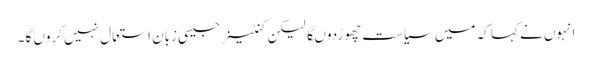
انہوں نے کہا کہ میں سیاست چھوڑدوںگا لیکن کنٹینر جیسی زبان استعمال نہیں کروں گا ۔